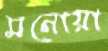
মনোয়া